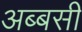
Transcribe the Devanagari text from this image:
अब्बसी